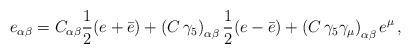
LaTeX: \begin{align*}e_{\alpha\beta} = C_{\alpha\beta} {1 \over 2} (e+ \bar{e}) +\left( C\, \gamma_{5} \right)_{\alpha\beta} {1 \over 2} (e- \bar{e})+ \left( C \, \gamma_{5} \gamma_{\mu} \right)_{\alpha\beta}e^{\mu}\, ,\end{align*}